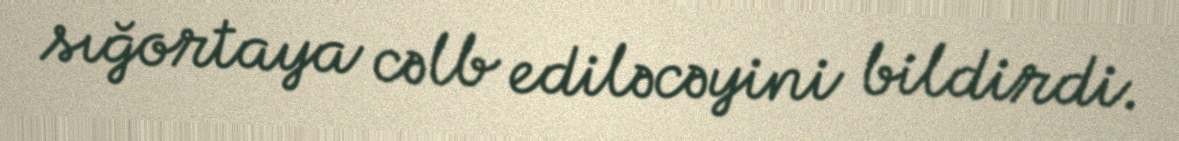
sığortaya cəlb ediləcəyini bildirdi.